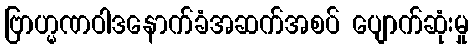
ဗြာဟ္မဏဝါဒနောက်ခံအဆက်အစပ် ပျောက်ဆုံးမှု